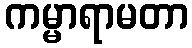
ကမ္မာရာမတာ